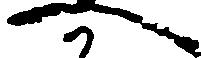
へ